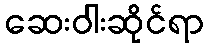
ဆေးဝါးဆိုင်ရာ